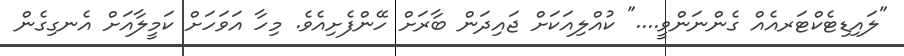
"ލައިޑިޓެކްޓަރއެއް ގެންނަންވީ...." ކުއްލިއަކަށް ޖައިދަން ބާރަށް ހޭންފެށިއެވެ. މިހާ އަވަހަށް ކަމީލާއަށް އެނގިގެން